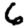
Digit: 6